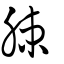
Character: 脨